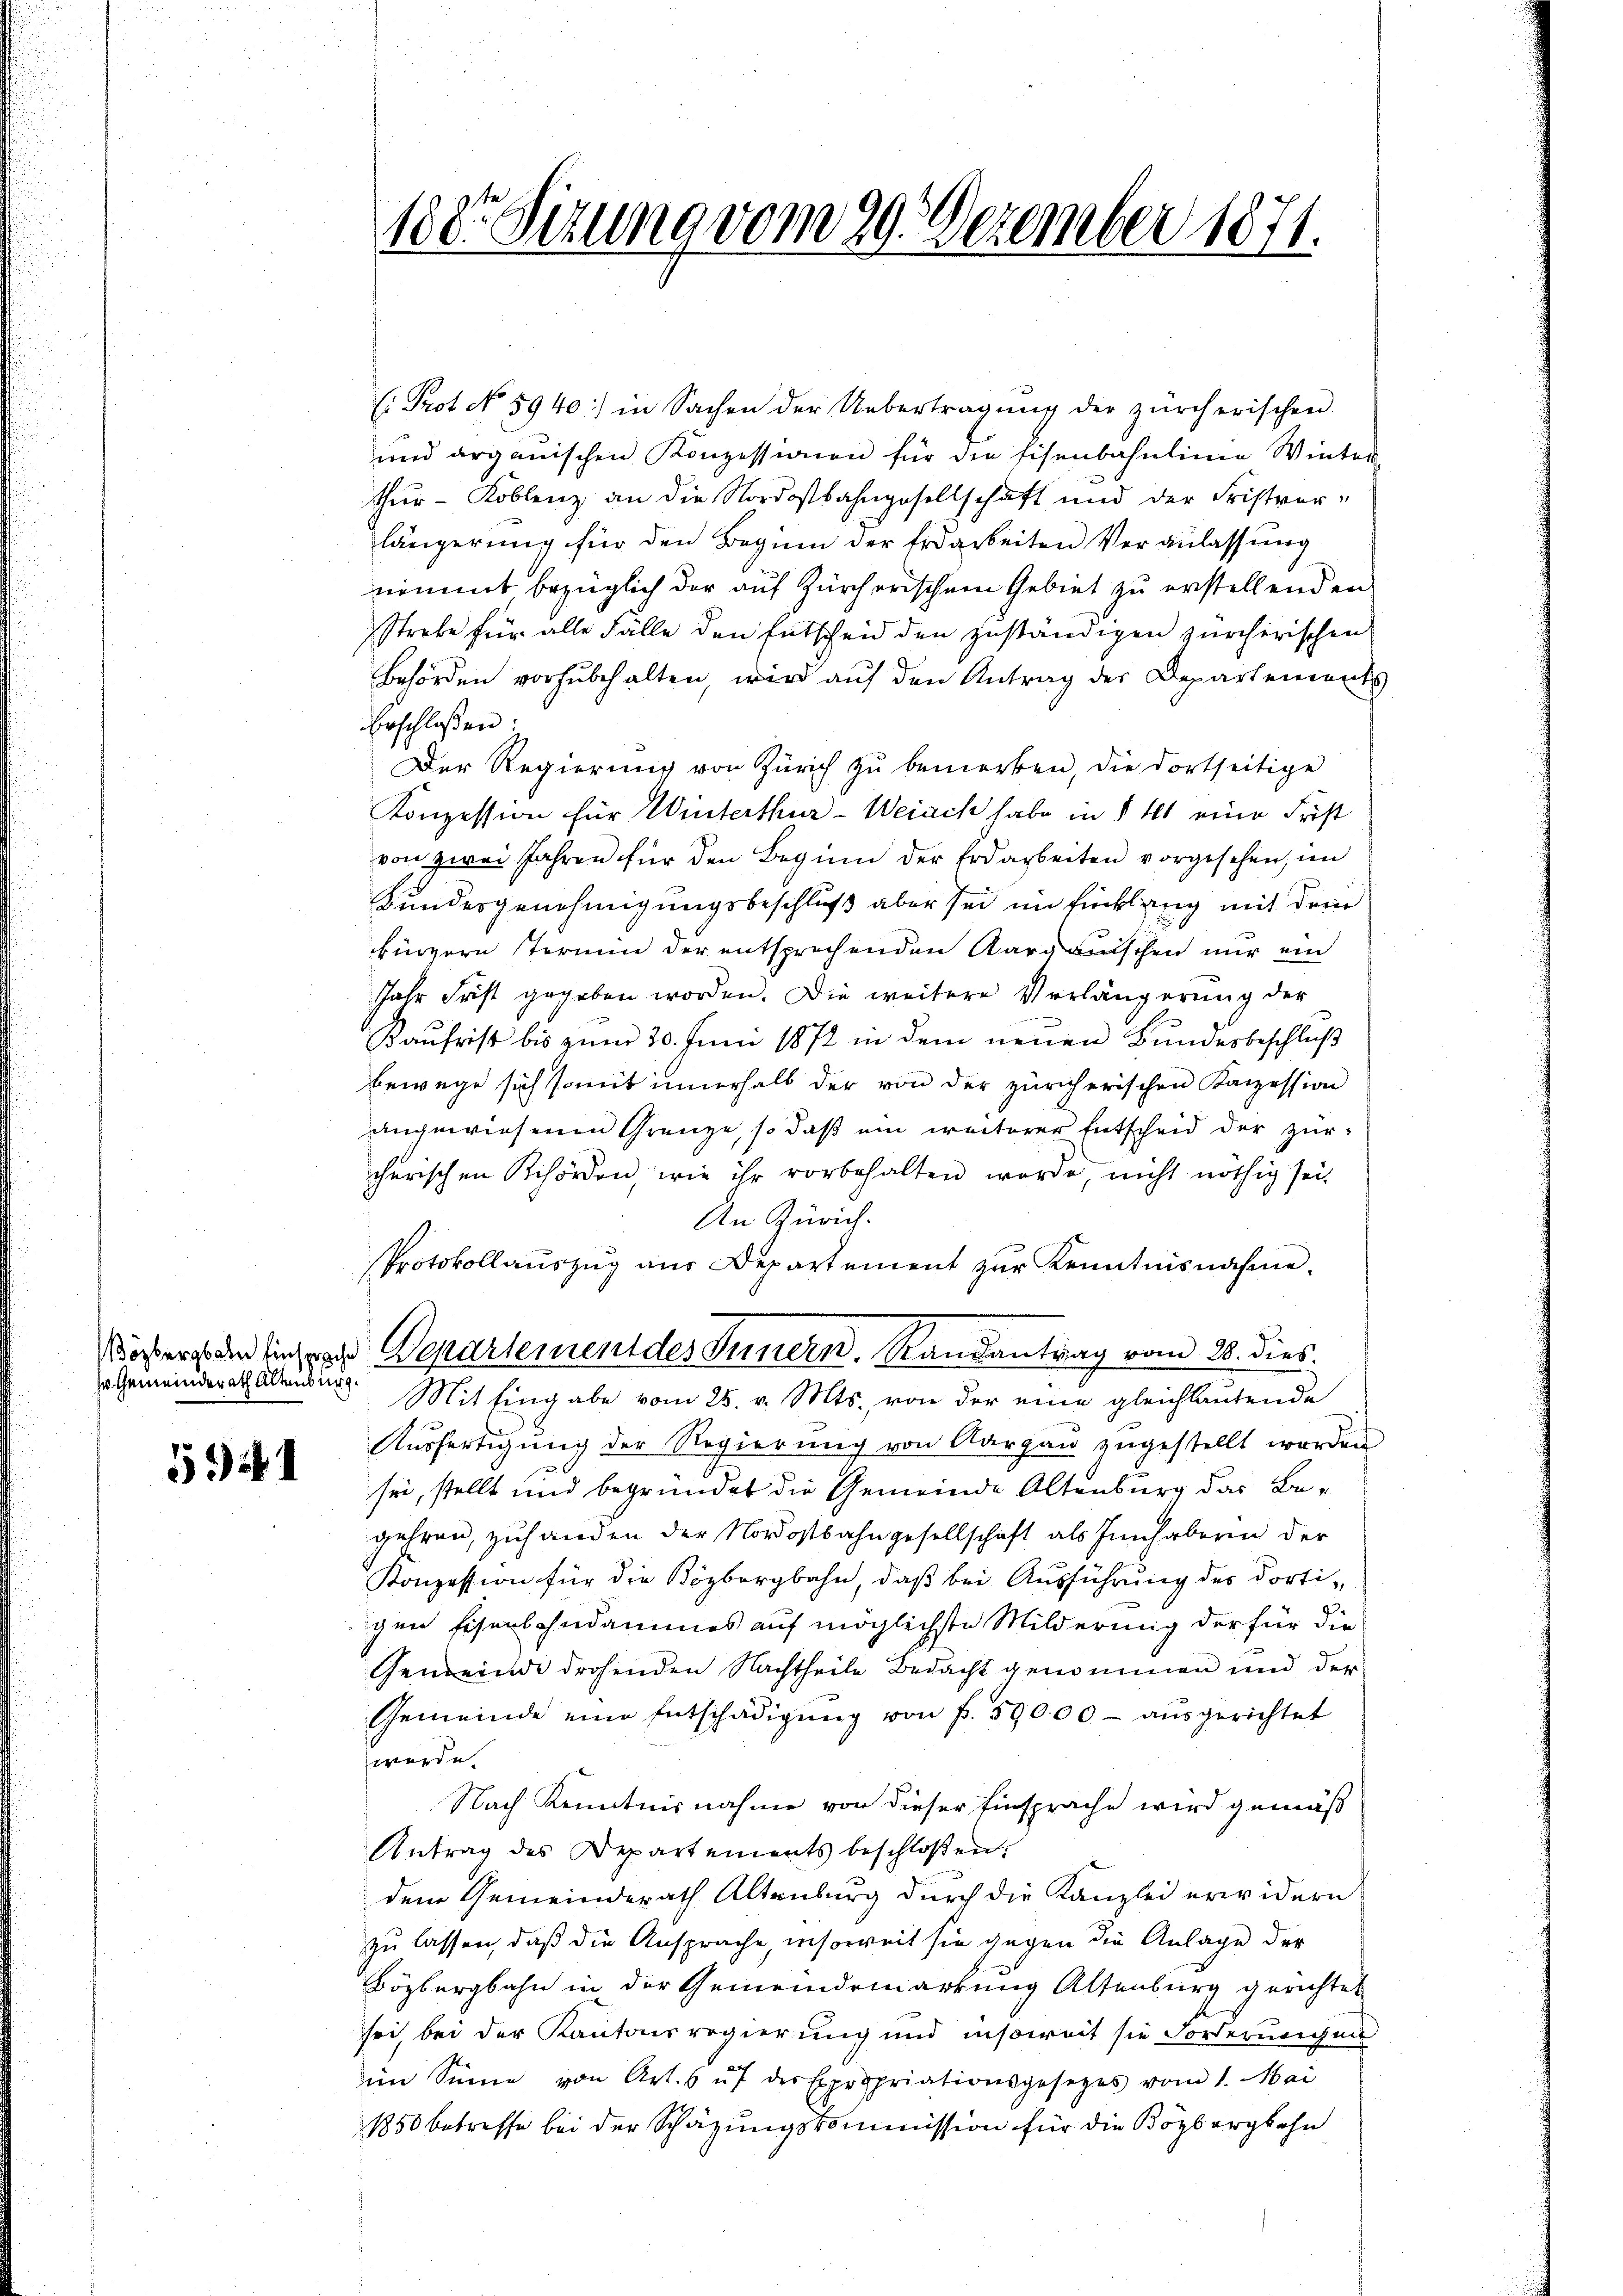
r Gemeinderath Altenburg.

531

: Prot No 5940:) in Sachen der Uebertragŭng der zürcherischen.
und argauischen Konzessionen für die Eisenbahnlinie Winter-
thur–Koblenz, an die Nordostbahngesellschaft und der Fristver-
längerung für den Beginn der Erdarbeiten Veranlassung
nimmt bezüglich der auf Zürcherischem Gebiet zu erstellenden
Strebe für alle Fälle den Entscheid den zuständigen zürcherischen
Behörden vorzubehalten, wird auf den Antrag der Departements
beschlossen:
Der Regierung von Zürich zu bemerken, die dortseitige
Konzession für Winterthur-Weiach habe in § 11 eine Frist
von zwei Jahren für den Beginn der Erdarbeiten vorgesehen, im
Kundesgenehmigungsbeschluß aber sei in Ficklung mit dem
bürgern termin der entsprechenden Aargauischen nur ein
Jahr Frist gegeben worden. Die weitere Verlängerung der
Kaufrist bis zum 30. Juni 1872 in dem neuen Bundesbeschluß
bewege sich somit innerhalb der von der züricherischen Kanzession
angewiesenen Grenze, so daß ein weiterer Entscheid der zürcherischen Schörden, wie ihr vorbehalten werde, nicht nöthig sei,
An Zürich.
Protokollauszug aus Departement zur Kenntnisnahme.
ösers den Einfrage Departement des Innern. Randantrag vom 28. dies
Mit Eingabe vom 25. v. Mts., von der eine gleichlautende
Ausfertigung der Regierung von Aargau zugestellt worden
sei, stellt und begründet die Gemeinde Altenburg das Begehren, zuhanden der Nordostbahngesellschaft als Innhaberin der
Konzession für die Közbergbahn, daß bei Ausführung des dortigen Eisenbahndammes auf möglichste Milderung der für die
Gemeinde drohenden Nachtheile Bedacht genommen und der
Gemeinde eine Entschädigŭng von f. 59000 - ausgerichtet
werde.
Nach Kenntnisnahme von dieser Einsprache wird gemäß
Antrag des Departements beschloßen:
dem Gemeinderath Altenburg durch die Kanzlei erwidern
zu lassen, daß die Ansprache, insoweit sie gegen die Anlage der
Bözbergbahn in der Gemeindemarkung Altenburg gerichtet
sei, bei der Kantonsregierung und insoweit sie Forderungen
im Sinne von Art. 6 uf der Expropriationsgesetzes vom 1. Mai
1850 betreffe bei der Schätzungskommission für die Bözbergbahn

188. Sizung vom 29. Dezember 1871.